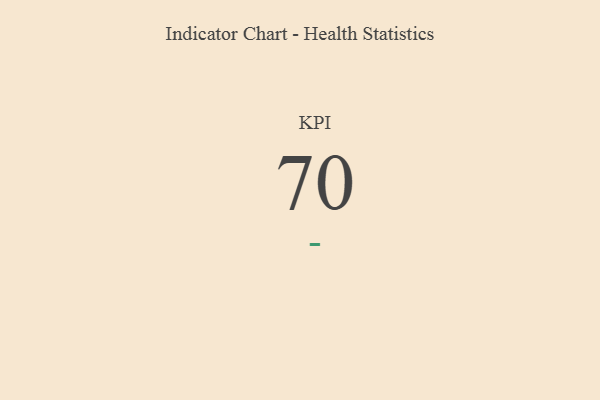
{"axis": {"x": "KPI", "y": "Value"}, "legend": [""], "data": [{"x": "KPI", "y": 70, "type": ""}]}